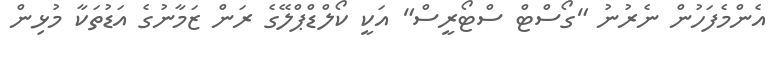
އެންމެފަހުން ނެރުނު "ގޯސްޓް ސްޓޯރީސް" އަކީ ކޯލްޑްޕްލޭގެ ރަން ޒަމާނުގެ އަޑުތަކާ މުޅިން